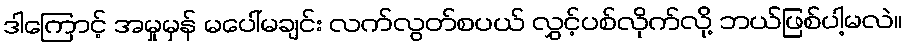
ဒါကြောင့် အမှုမှန် မပေါ်မချင်း လက်လွတ်စပယ် လွှင့်ပစ်လိုက်လို့ ဘယ်ဖြစ်ပါ့မလဲ။